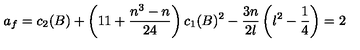
a _ { f } = c _ { 2 } ( B ) + \left( 1 1 + \frac { n ^ { 3 } - n } { 2 4 } \right) c _ { 1 } ( B ) ^ { 2 } - \frac { 3 n } { 2 \l } \left( \l ^ { 2 } - \frac { 1 } { 4 } \right) = 2